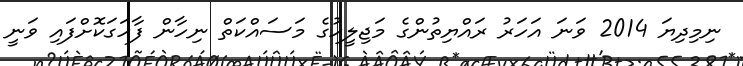
ނިމިދިޔަ 2014 ވަނަ އަހަރު ރައްޔިތުންގެ މަޖިލީހުގެ މަސައްކަތް ނިހާން ފާހަގަކޮށްފައި ވަނީ